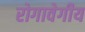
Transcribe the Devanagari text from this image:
रोगावेगीय